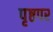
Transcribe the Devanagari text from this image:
पृष्ठपर